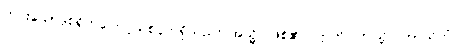
ကင်းသောဒုစရိုက်ငြောင့်သစ်ငှက်ရှိသည်။ အသ္မိ၊ ဖြစ်၏။ ဣတိ၊ ဤသို့။ ဘာသိတံ၊